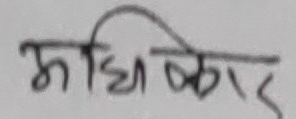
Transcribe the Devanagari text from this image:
अधिकार